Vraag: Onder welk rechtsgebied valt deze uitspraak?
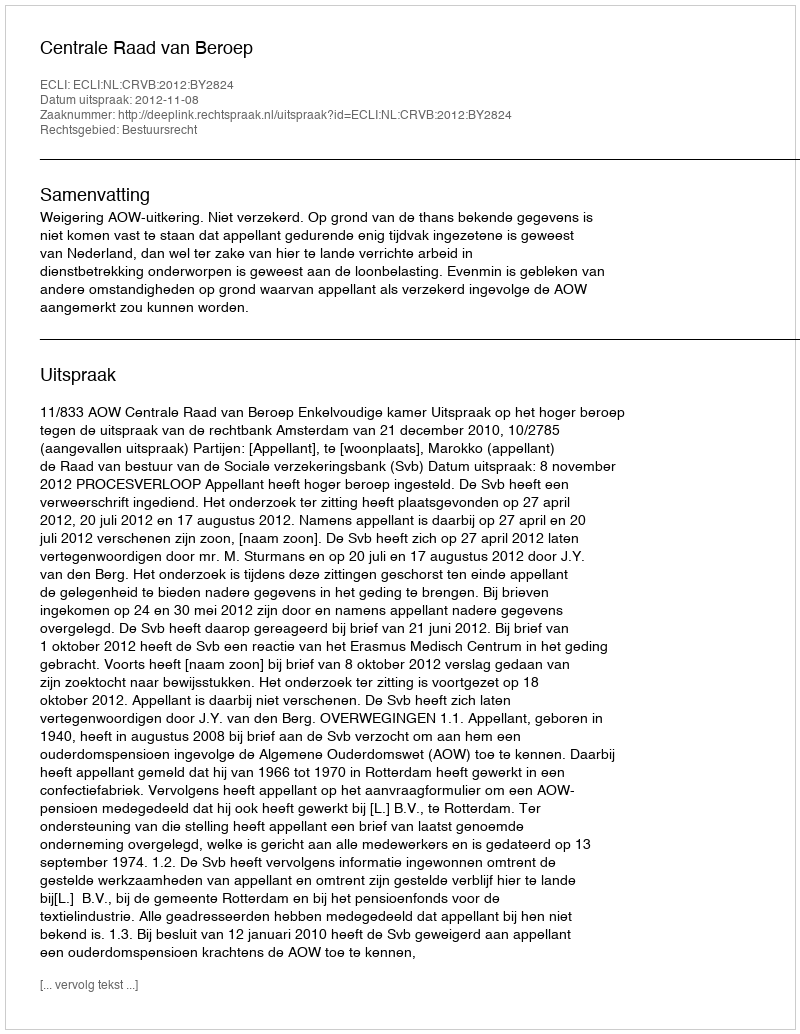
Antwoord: Bestuursrecht